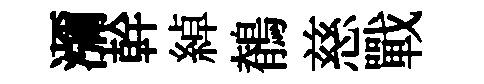
瀰幹綽鶺慈戰